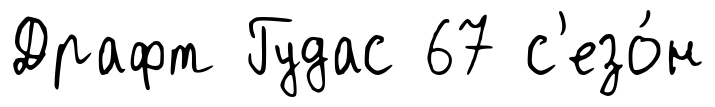
Драфт Гудас 67 с'езо́н